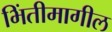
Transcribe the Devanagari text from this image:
भिंतीमागील